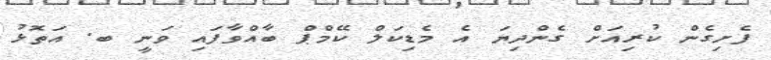
ފެށިގެން ކުރިއަށް ގެންދިޔަ އެ މެޑިކަލް ކޭމްޕް ބާއްވާފައި ވަނީ ބ. އަތޮޅު